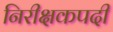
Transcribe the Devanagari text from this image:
निरीक्षकपदी